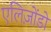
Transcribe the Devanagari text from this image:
एलिज़ोंडो